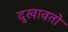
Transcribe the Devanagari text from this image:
दुखावतो